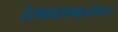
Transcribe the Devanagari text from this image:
हेरम्वचरणाम्बुजरेणबः।।